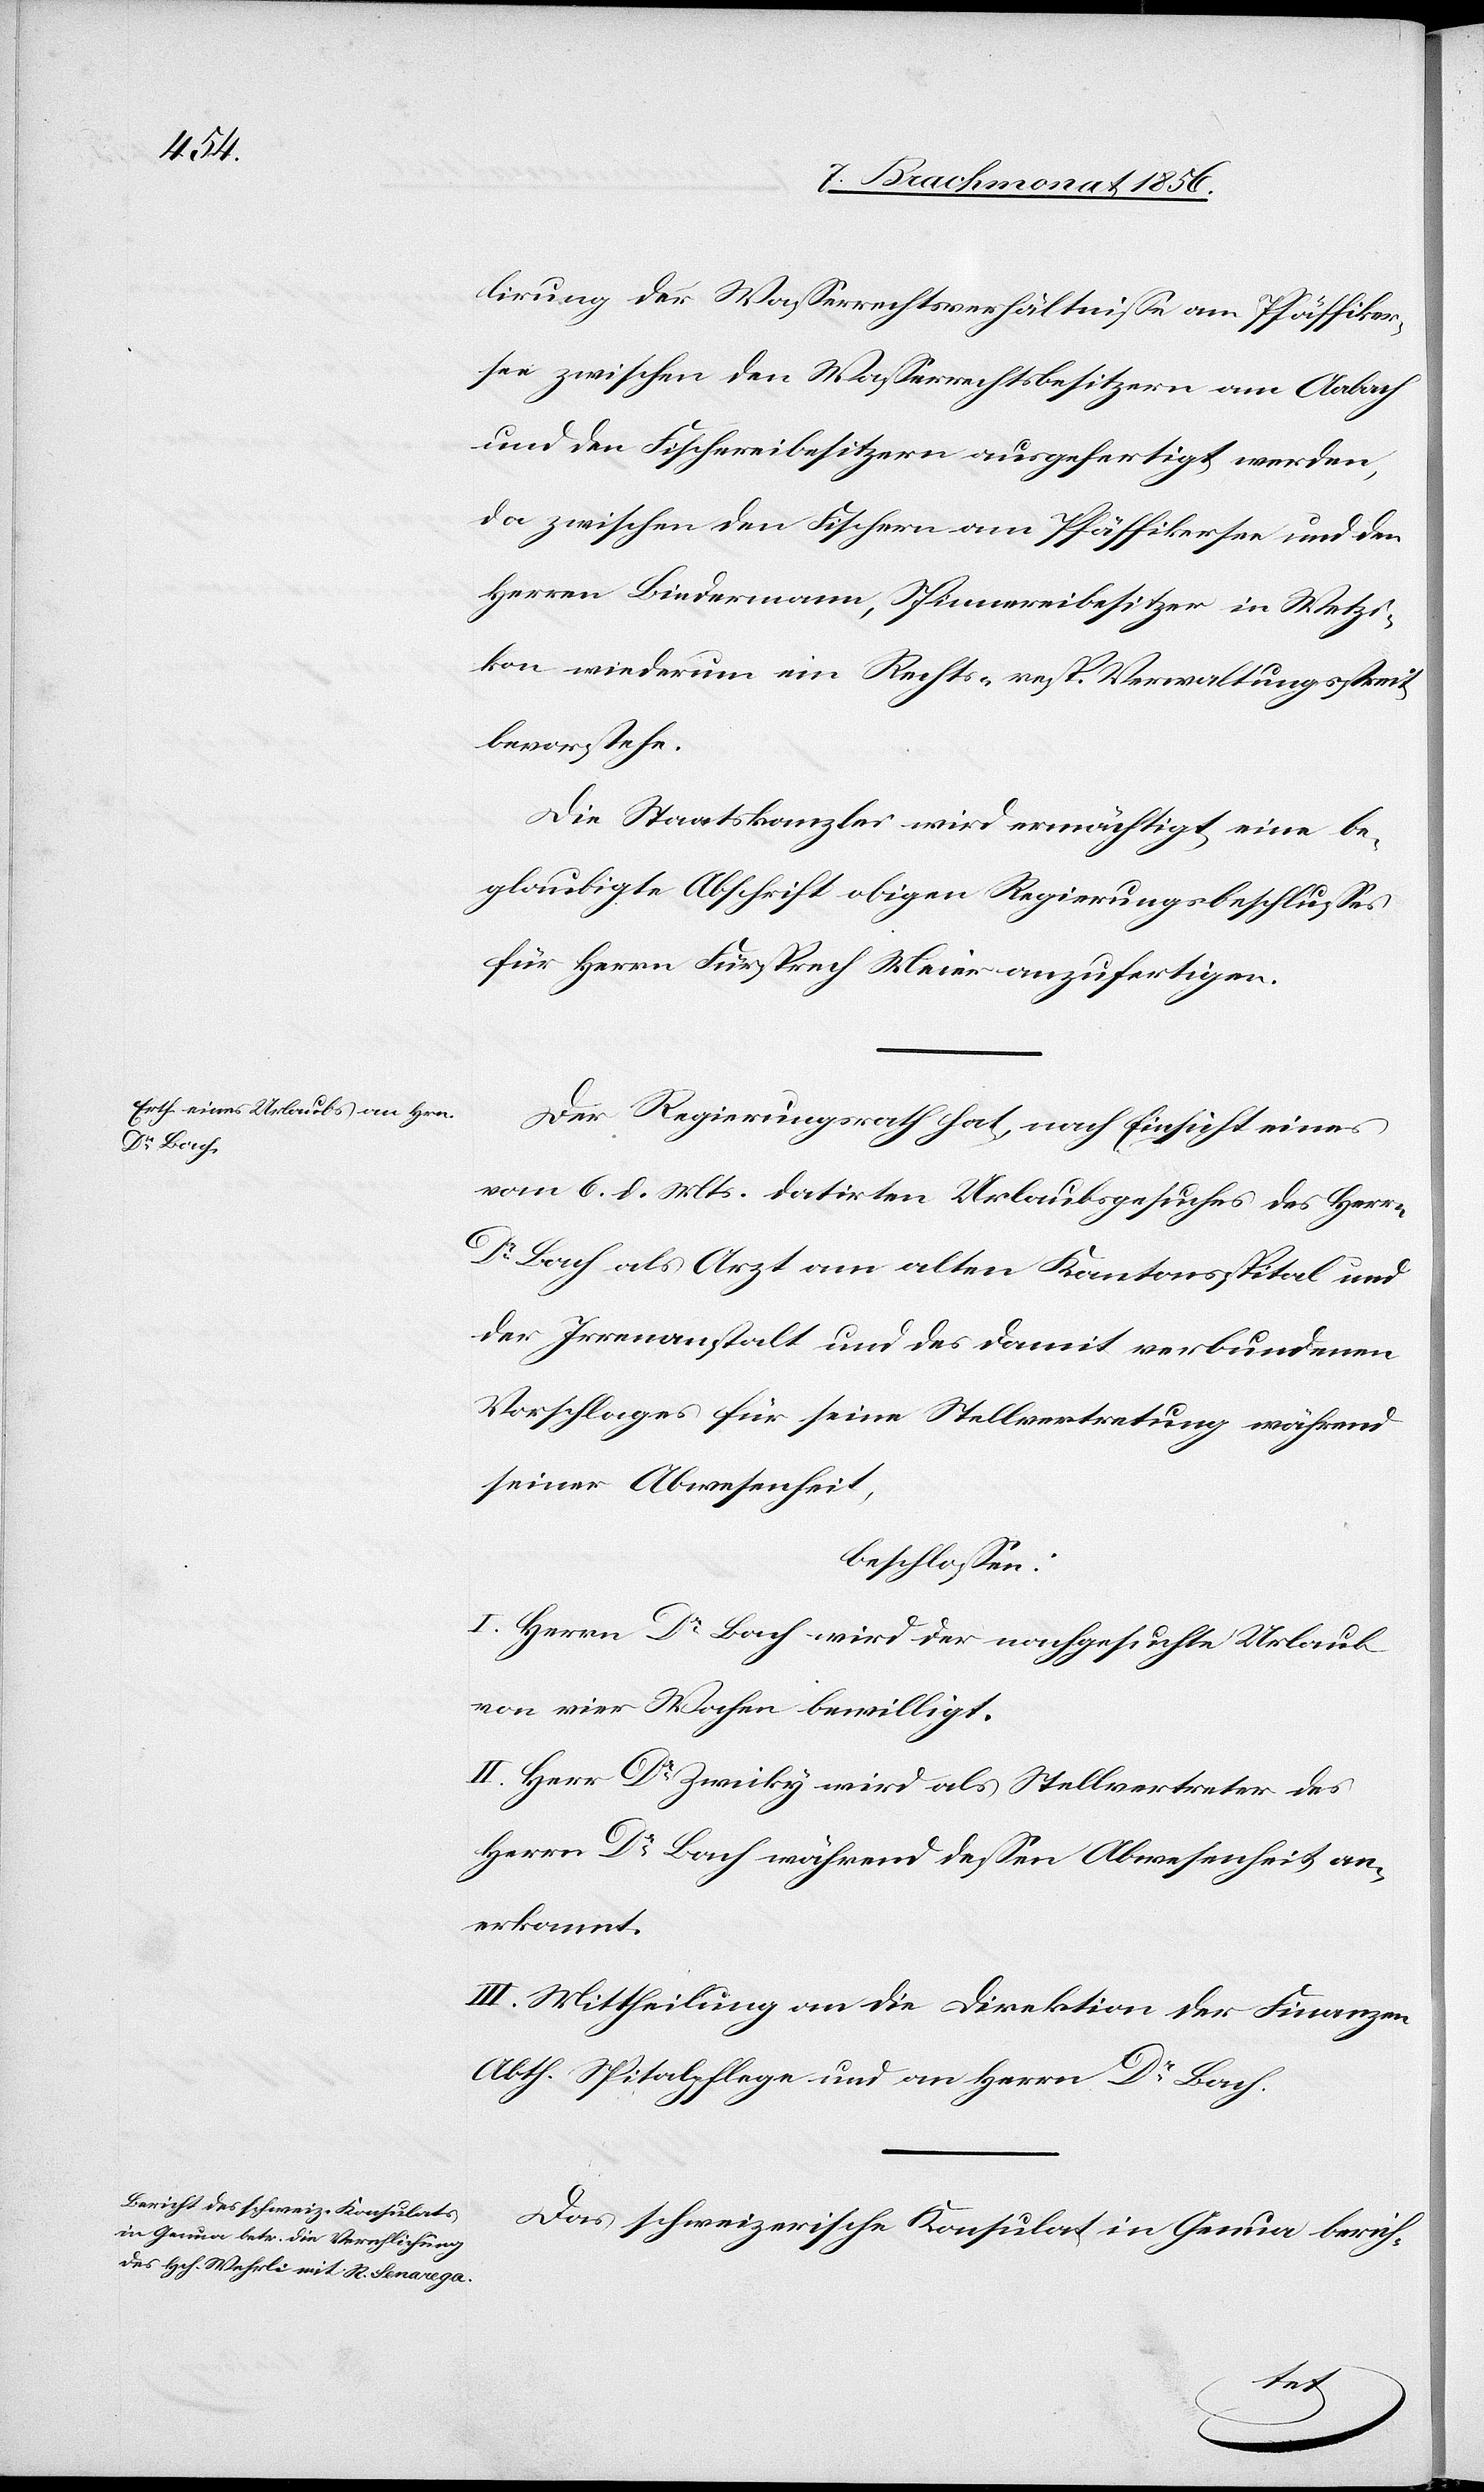
lirung der Wasserrechtsverhältnisse am Pfäffiker¬
see zwischen den Wasserrechtsbesitzern am Aabach
und den Fischereibesitzern ausgefertigt werden,
da zwischen den Fischern am Pfäffikersee und den
Herren Biedermann, Spinnereibesitzer in Wetzi¬
kon wiederum ein Rechts- resp. Verwaltungsstreit
bevorstehe.
Die Staatskanzlei wird ermächtigt, eine be¬
glaubigte Abschrift obigen Regierungsbeschlusses
für Herrn Fürsprech Meier anzufertigen.
Der Regierungsrath hat, nach Einsicht eines
vom 6. d. Mts. datirten Urlaubsgesuches des Herrn
Dr Bach als Arzt am alten Kantonsspital und
der Irrenanstalt und des damit verbundenen
Vorschlages für seine Stellvertretung während
seiner Abwesenheit,
beschlossen:
I. Herrn Dr Bach wird der nachgesuchte Urlaub
von vier Wochen bewilligt.
II. Herr Dr Zwicky wird als Stellvertreter des
Herrn Dr Bach während dessen Abwesenheit an¬
erkannt.
III. Mittheilung an die Direktion der Finanzen
Abth. Spitalpflege und an Herrn Dr Bach.
Das schweizerische Konsulat in Genua berich-